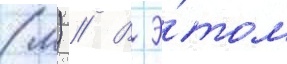
(м) // В э́том